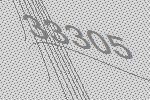
33305